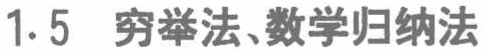
1.5 穷举法、数学归纳法